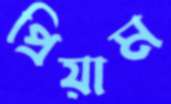
প্রিয়াম